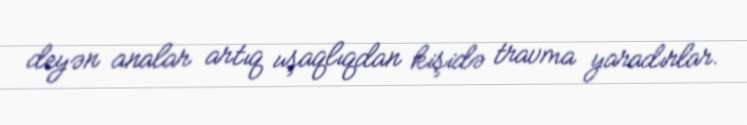
deyən analar artıq uşaqlıqdan kişidə travma yaradırlar.